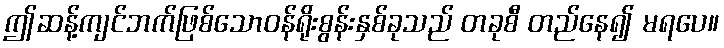
ဤဆန့်ကျင်ဘက်ဖြစ်သောဝန်ရိုးစွန်းနှစ်ခုသည် တခုစီ တည်နေ၍ မရပေ။